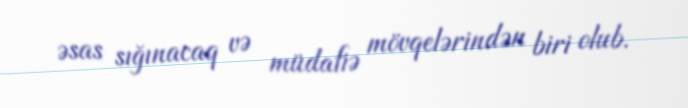
əsas sığınacaq və müdafiə mövqelərindən biri olub.